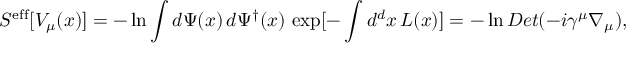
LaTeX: S ^ { \mathrm { e f f } } [ V _ { \mu } ( x ) ] = - \ln \int d \Psi ( x ) \, d \Psi ^ { \dagger } ( x ) \, \exp [ - \int d ^ { d } x \, L ( x ) ] = - \ln D e t ( - i \gamma ^ { \mu } \nabla _ { \mu } ) ,